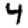
Digit: 4